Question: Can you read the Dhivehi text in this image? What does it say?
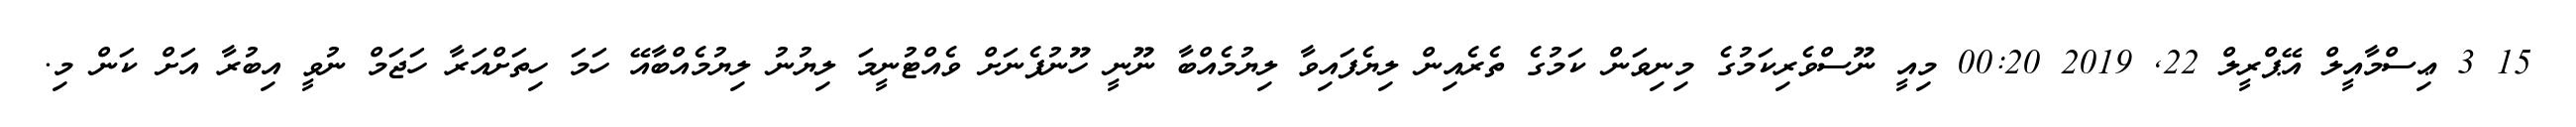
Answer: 15 3 ޢިސްމާއީލް އޭޕްރީލް 22, 2019 00:20 މިއީ ނޫސްވެރިކަމުގެ މިނިވަން ކަމުގެ ތެރެއިން ލިޔެފައިވާ ލިޔުމެއްބާ ނޫނީ ހޫނުފެނަށް ވެއްޓުނީމަ ލިޔުނު ލިޔުމެއްބާއޭ ހަމަ ހިތަށްއަރާ ހަޖަމް ނުވީ އިބުރާ އަށް ކަން މި.